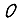
Digit: 0